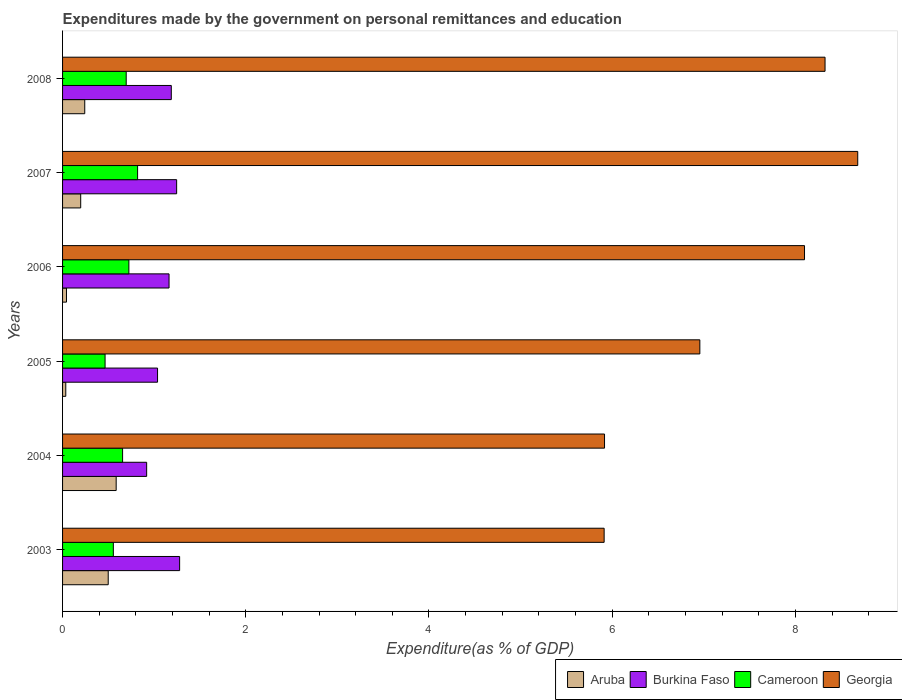
| Years | Aruba | Burkina Faso | Cameroon | Georgia |
 | --- | --- | --- | --- | --- |
 | 2003 | 0.498 | 1.28 | 0.554 | 5.91 |
 | 2004 | 0.585 | 0.918 | 0.655 | 5.92 |
 | 2005 | 0.0352 | 1.04 | 0.464 | 6.96 |
 | 2006 | 0.0428 | 1.16 | 0.724 | 8.1 |
 | 2007 | 0.198 | 1.25 | 0.819 | 8.68 |
 | 2008 | 0.242 | 1.19 | 0.695 | 8.32 |